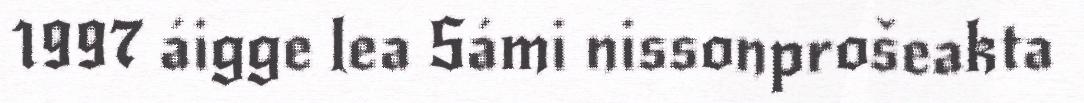
1997 áigge lea Sámi nissonprošeakta